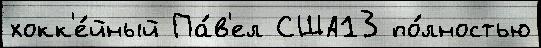
хокк'е́йный Па́в'ел США13 по́лностью